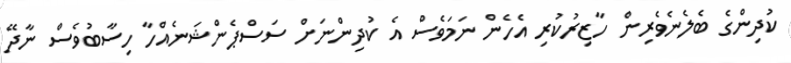
ކުދިންގެ ބެލެނެވެރިން ހާޒިރުކުރި އެހެން ނަމަވެސް އެ ކުދިންނަށް ސަސްޕެންޝަނެއްހާ ހިސާބުވެސް ނާދޭ